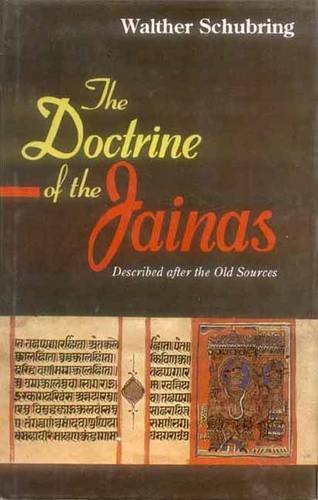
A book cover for The Doctrine of the Jainas; Walther Schubring; Religion & Spirituality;